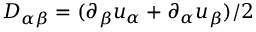
D _ { \alpha \beta } = ( \partial _ { \beta } u _ { \alpha } + \partial _ { \alpha } u _ { \beta } ) / 2